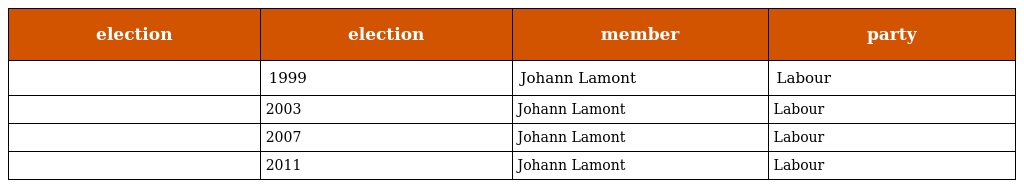
| election | election | member | party |
 | --- | --- | --- | --- |
 |  | 1999 | Johann Lamont | Labour |
 |  | 2003 | Johann Lamont | Labour |
 |  | 2007 | Johann Lamont | Labour |
 |  | 2011 | Johann Lamont | Labour |